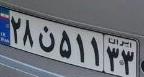
۲۸ن۵۱۱۳۳